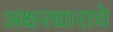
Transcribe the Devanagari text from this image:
अक्षरधाराचे